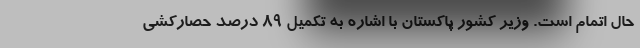
حال اتمام است. وزیر کشور پاکستان با اشاره به تکمیل ۸۹ درصد حصارکشی